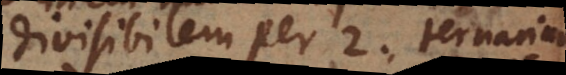
divisibilem per 2, ternarium